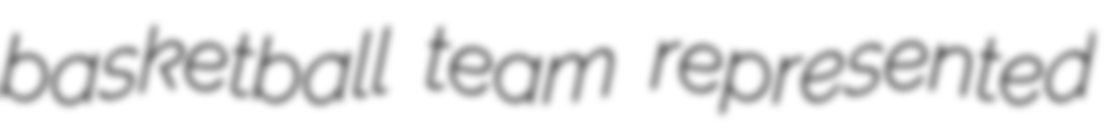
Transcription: basketball team represented